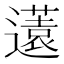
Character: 𨘏